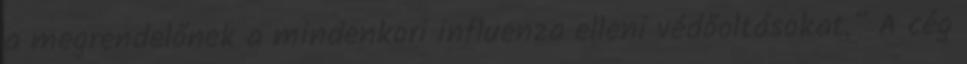
a megrendelőnek a mindenkori influenza elleni védőoltásokat.” A cég